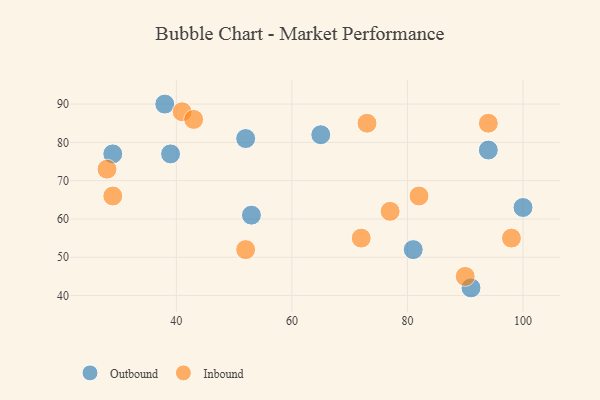
{"axis": {"x": "GDP", "y": "Life Expectancy"}, "legend": ["Inbound", "Outbound"], "data": [{"x": "91", "y": 42, "type": "Outbound"}, {"x": "53", "y": 61, "type": "Outbound"}, {"x": "38", "y": 90, "type": "Outbound"}, {"x": "52", "y": 81, "type": "Outbound"}, {"x": "100", "y": 63, "type": "Outbound"}, {"x": "65", "y": 82, "type": "Outbound"}, {"x": "94", "y": 78, "type": "Outbound"}, {"x": "29", "y": 77, "type": "Outbound"}, {"x": "39", "y": 77, "type": "Outbound"}, {"x": "81", "y": 52, "type": "Outbound"}, {"x": "29", "y": 66, "type": "Inbound"}, {"x": "82", "y": 66, "type": "Inbound"}, {"x": "52", "y": 52, "type": "Inbound"}, {"x": "77", "y": 62, "type": "Inbound"}, {"x": "28", "y": 73, "type": "Inbound"}, {"x": "90", "y": 45, "type": "Inbound"}, {"x": "98", "y": 55, "type": "Inbound"}, {"x": "94", "y": 85, "type": "Inbound"}, {"x": "41", "y": 88, "type": "Inbound"}, {"x": "73", "y": 85, "type": "Inbound"}, {"x": "43", "y": 86, "type": "Inbound"}, {"x": "72", "y": 55, "type": "Inbound"}]}